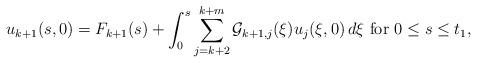
LaTeX: \begin{align*}u_{k+1}(s, 0) = F_{k+1}(s) + \int_{0}^s \sum_{j = k+2}^{k + m } {\cal G}_{k+1, j} (\xi) u_j(\xi, 0) \, d \xi \mbox{ for } 0 \le s \le t_1,\end{align*}